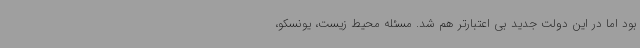
بود اما در این دولت جدید بی اعتبارتر هم شد. مسئله محیط زیست، یونسکو،